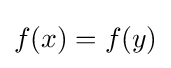
f(x)=f(y)